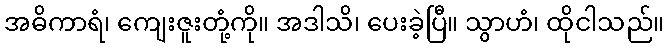
အဓိကာရံ၊ ကျေးဇူးတုံ့ကို။ အဒါသိ၊ ပေးခဲ့ပြီ။ သွာဟံ၊ ထိုငါသည်။